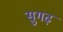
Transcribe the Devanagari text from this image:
सुगढ़